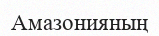
Амазонияның